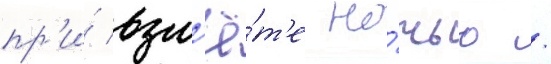
пр'и́ взл'ё́т'е но́чью /